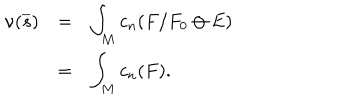
\begin{array} { l l l } { { \nu ( \overline { { { s } } } ) } } & { { = } } & { { \displaystyle \int _ { M } c _ { n } ( F / F _ { 0 } \ominus E ) } } \\ { { } } & { { = } } & { { \displaystyle \int _ { M } c _ { n } ( F ) . } } \\ \end{array}